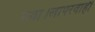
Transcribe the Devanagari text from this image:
गया।लापरवाही